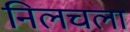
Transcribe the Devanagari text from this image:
निलचला